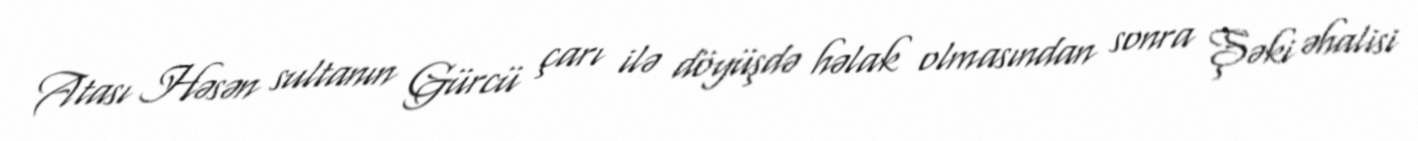
Atası Həsən sultanın Gürcü çarı ilə döyüşdə həlak olmasından sonra Şəki əhalisi